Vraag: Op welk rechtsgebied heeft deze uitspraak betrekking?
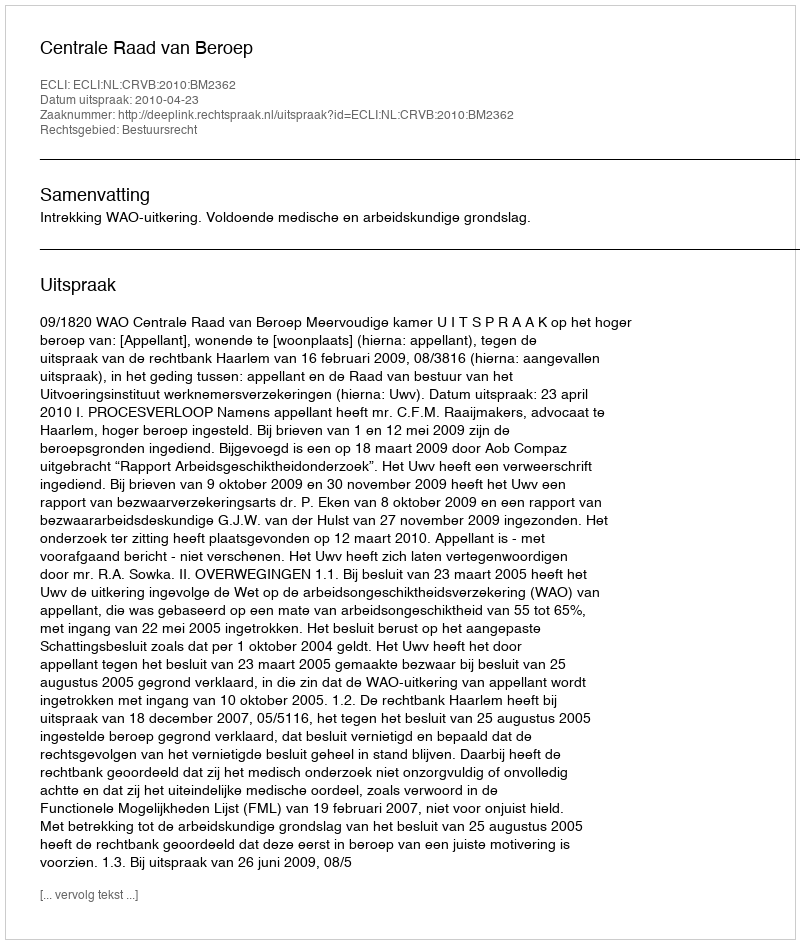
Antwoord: Bestuursrecht